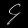
Digit: ၄